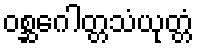
ဝစ္ဆဂေါတ္တသံယုတ္တံ